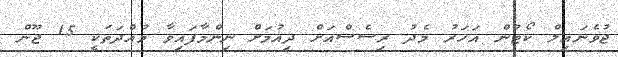
ޖުވެނައިލް ކޯޓުން އަހަރު މެދު ރިސެސްއަށް ދިއުމަށް ނިންމާފައިވާ މުއްދަތަކީ 15 ޖޫން